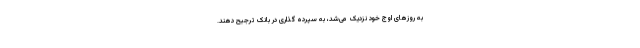
به روزهای اوج خود نزدیک می‌شد، به سپرده گذاری در بانک ترجیح دهند.